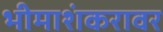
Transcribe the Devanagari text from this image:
भीमाशंकरावर